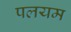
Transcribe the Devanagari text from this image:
पलयम